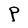
Character: P